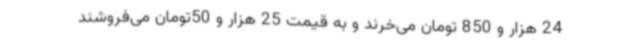
24 هزار و 850 تومان می‌خرند و به قیمت 25 هزار و 50تومان می‌فروشند